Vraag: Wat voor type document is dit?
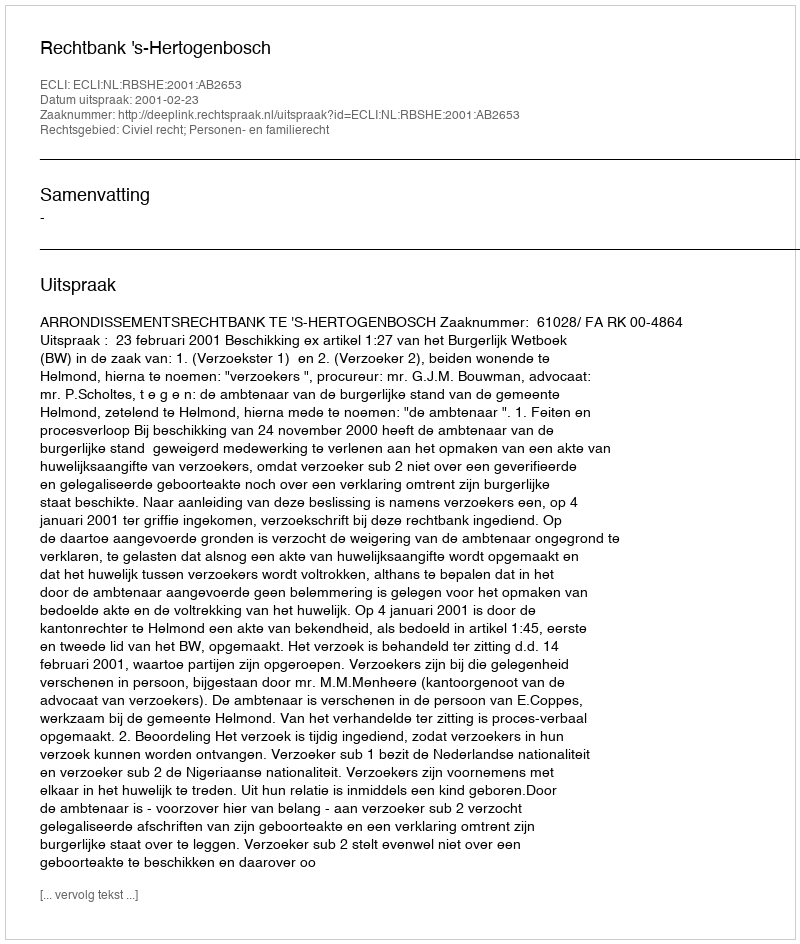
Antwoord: Uitspraak